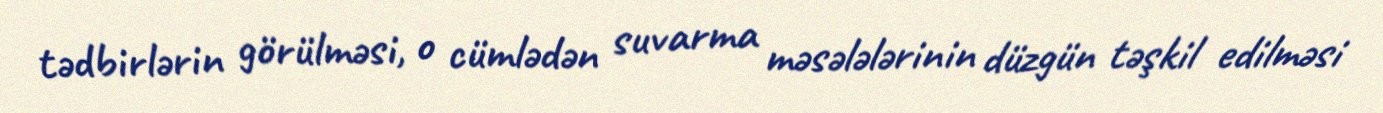
tədbirlərin görülməsi, o cümlədən suvarma məsələlərinin düzgün təşkil edilməsi